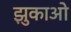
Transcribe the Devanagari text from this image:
झुकाओ